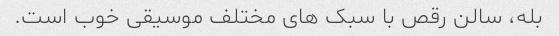
بله، سالن رقص با سبک های مختلف موسیقی خوب است.